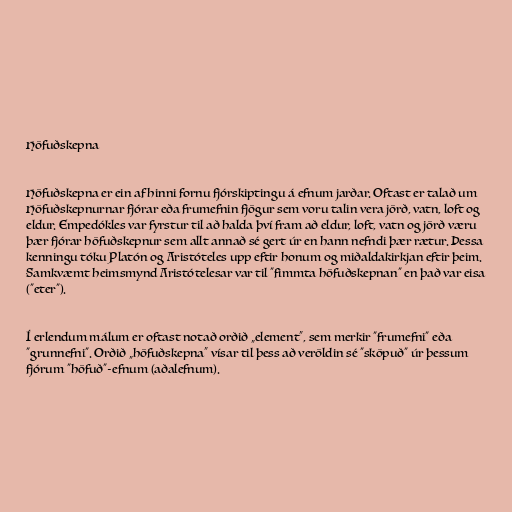
Höfuðskepna

Höfuðskepna er ein af hinni fornu fjórskiptingu á efnum jarðar. Oftast er talað um
Höfuðskepnurnar fjórar eða frumefnin fjögur sem voru talin vera jörð, vatn, loft og
eldur. Empedókles var fyrstur til að halda því fram að eldur, loft, vatn og jörð væru
þær fjórar höfuðskepnur sem allt annað sé gert úr en hann nefndi þær rætur. Þessa
kenningu tóku Platón og Aristóteles upp eftir honum og miðaldakirkjan eftir þeim.
Samkvæmt heimsmynd Aristótelesar var til "fimmta höfuðskepnan" en það var eisa
("eter").

Í erlendum málum er oftast notað orðið „element“, sem merkir "frumefni" eða
"grunnefni". Orðið „höfuðskepna“ vísar til þess að veröldin sé "sköpuð" úr þessum
fjórum "höfuð"-efnum (aðalefnum).